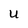
Character: u